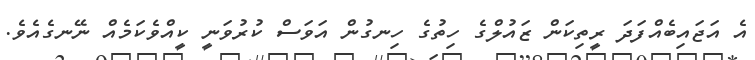
އެ އަޖައިބެއްފަދަ ރީތިކަން ޒައުލްގެ ހިތުގެ ހިނގުން އަވަސް ކުރުވަނީ ކީއްވެކަމެއް ނޭނގެއެވެ.